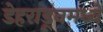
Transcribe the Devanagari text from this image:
डेहराडूनमध्ये